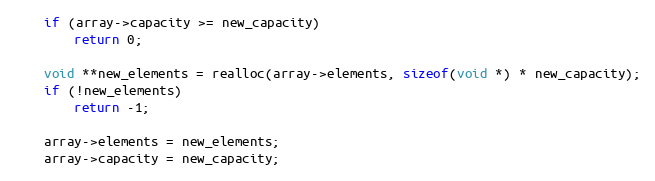
Language: C
    if (array->capacity >= new_capacity)
        return 0;

    void **new_elements = realloc(array->elements, sizeof(void *) * new_capacity);
    if (!new_elements)
        return -1;

    array->elements = new_elements;
    array->capacity = new_capacity;